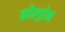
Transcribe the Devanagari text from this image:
कौल्ड्रोन